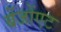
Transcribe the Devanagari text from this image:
बेंजोंएट